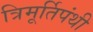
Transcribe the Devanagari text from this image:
त्रिमूर्तिपंथी